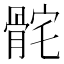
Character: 䯔